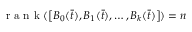
{ \textrm { r a n k } } ( \left[ B _ { 0 } ( { \bar { t } } ) , B _ { 1 } ( { \bar { t } } ) , \ldots , B _ { k } ( { \bar { t } } ) \right] ) = n